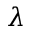
\lambda